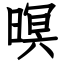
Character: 暝